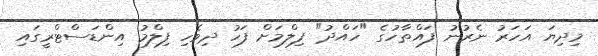
މިދިޔަ އަހަރު ނެރުނު ފައްތާހުގެ "ހައްދު" ފިލްމަށް ފަހު ދިވެހި ފިލްމު އިންޑަސްޓްރީގައި